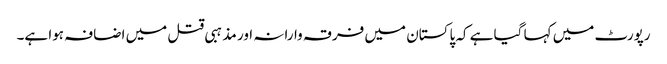
رپورٹ میں کہا گیا ہے کہ پاکستان میں فرقہ وارانہ اور مذہبی قتل میں اضافہ ہوا ہے۔